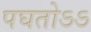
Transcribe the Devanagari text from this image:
पघतोऽऽ